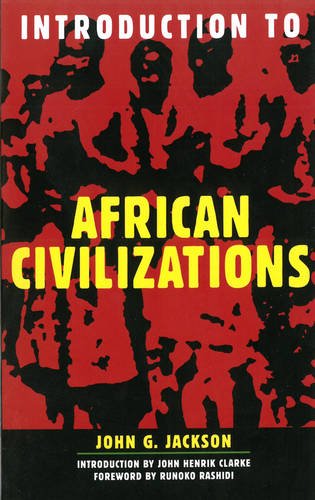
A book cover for Introduction to African Civilizations; John G. Jackson; History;